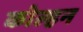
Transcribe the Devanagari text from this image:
कोल्हन